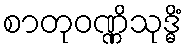
စာတုဝဏ္ဏိသုဒ္ဓိံ